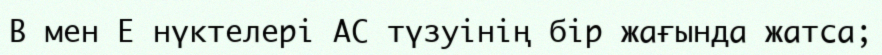
В мен Е нүктелері АС түзуінің бір жағында жатса;